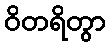
ဝိတရိတွာ